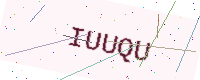
Text: IUUQU